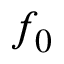
f _ { 0 }